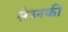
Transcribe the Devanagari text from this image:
सेउनकी